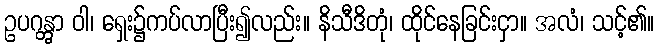
ဥပဂန္တွာ ဝါ၊ ရှေး၌ကပ်လာပြီး၍လည်း။ နိသီဒိတုံ၊ ထိုင်နေခြင်းငှာ။ အလံ၊ သင့်၏။